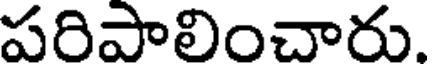
పరిపాలించారు.